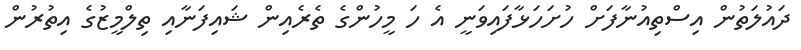
ދައުލަތުން އިސްތިއުނާފަށް ހުށަހަޅާފައިވަނީ އެ ހަ މީހުންގެ ތެރެއިން ޝައިފަނާއި ތިލްމީޒުގެ އިތުރުން